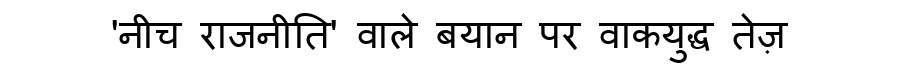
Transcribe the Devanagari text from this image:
'नीच राजनीति' वाले बयान पर वाकयुद्ध तेज़